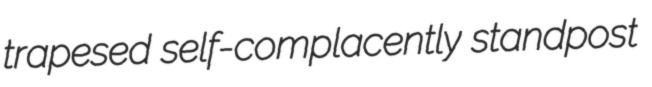
trapesed self-complacently standpost